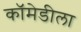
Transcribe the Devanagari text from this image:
कॉमेडीला